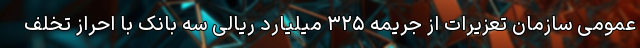
عمومی سازمان تعزیرات از جریمه ۳۲۵ میلیارد ریالی سه بانک با احراز تخلف